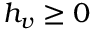
h _ { v } \geq 0